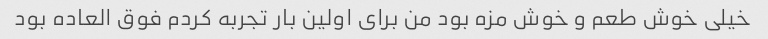
خیلی خوش طعم و خوش مزه بود من برای اولین بار تجربه کردم فوق العاده بود